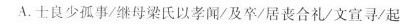
A.士良少孤事/继母梁氏以孝闻/及卒/居丧合礼/文宣寻/起